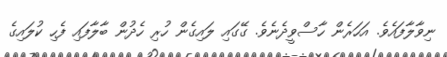
ނިވާލާފައެވެ. އަހަރެން ހާސްވީދެނެވެ. ގޭގައި ލައިގެން ހުރި ހެދުން ބާލާފައި ފެހި ކުލައިގެ